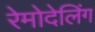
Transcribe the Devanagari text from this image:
रेमोदेलिंग